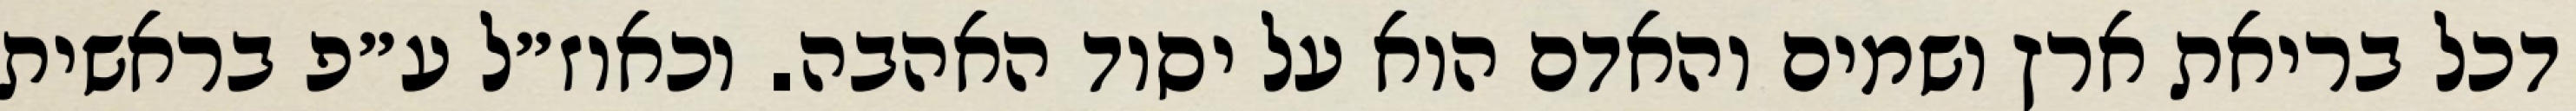
דכל בריאת ארץ ושמים והאדם הוא על יסוד האהבה. וכאוז״ל ע״פ בראשית